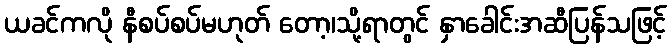
ယခင်ကလို နီစပ်စပ်မဟုတ် တော့၊သို့ရာတွင် နှာခေါင်းအဆီပြန်သဖြင့်